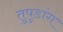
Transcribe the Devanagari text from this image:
तुपुडांग